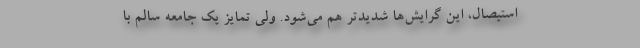
استیصال، این گرایش‌ها شدیدتر هم می‌شود. ولی تمایز یک جامعه سالم با